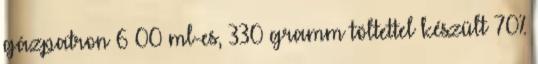
gázpatron 6 00 ml-es, 330 gramm töltettel készült 70%